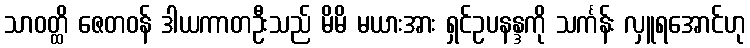
သာဝတ္ထိ ဇေတဝန် ဒါယကာတဦးသည် မိမိ မယားအား ရှင်ဥပနန္ဒကို သင်္ကန်း လှူရအောင်ဟု